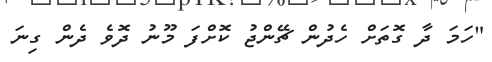
"ހަމަ ދާ ގޮތަށް ހެދުން ޗޭންޖު ކޮށްފަ މޫނު ދޮވެ ދެން ގިނަ